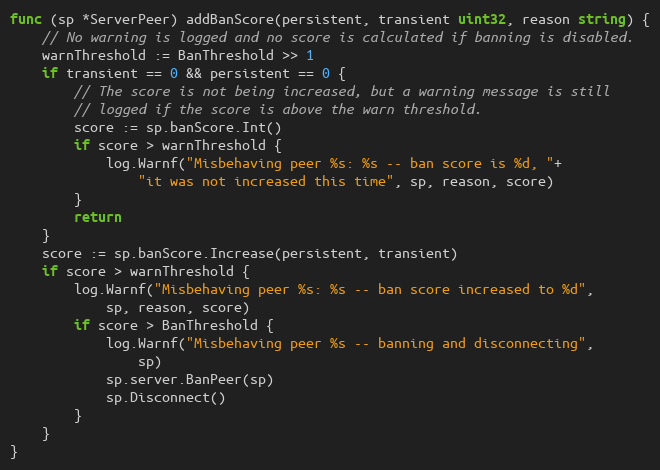
Language: Go
func (sp *ServerPeer) addBanScore(persistent, transient uint32, reason string) {
	// No warning is logged and no score is calculated if banning is disabled.
	warnThreshold := BanThreshold >> 1
	if transient == 0 && persistent == 0 {
		// The score is not being increased, but a warning message is still
		// logged if the score is above the warn threshold.
		score := sp.banScore.Int()
		if score > warnThreshold {
			log.Warnf("Misbehaving peer %s: %s -- ban score is %d, "+
				"it was not increased this time", sp, reason, score)
		}
		return
	}
	score := sp.banScore.Increase(persistent, transient)
	if score > warnThreshold {
		log.Warnf("Misbehaving peer %s: %s -- ban score increased to %d",
			sp, reason, score)
		if score > BanThreshold {
			log.Warnf("Misbehaving peer %s -- banning and disconnecting",
				sp)
			sp.server.BanPeer(sp)
			sp.Disconnect()
		}
	}
}